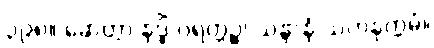
၃၉၈။ ဆေတွာ နဒ္ဓိံ ဝရတ္တဉ္စ၊ သန္ဒာနံ သဟနုက္ကမံ။